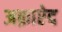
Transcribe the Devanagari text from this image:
अक़ाऐद